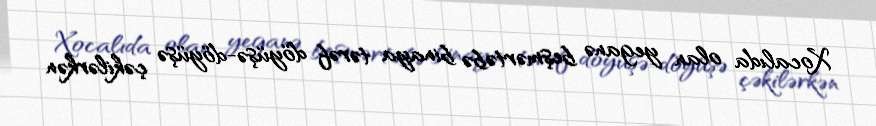
Xocalıda olan yeganə beşmərtəbə binaya tərəf döyüşə-döyüşə çəkilərkən